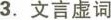
3.文言虚词